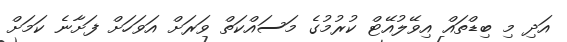
އަދި މި ބިޑްތައް އިވޭލުއޭޓް ކުރުމުގެ މަސައްކަތް ވަރަށް އަވަހަށް ފަށާނެ ކަމަށް